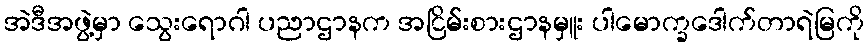
အဲဒီအဖွဲ့မှာ သွေးရောဂါ ပညာဌာနက အငြိမ်းစားဌာနမှူး ပါမောက္ခဒေါက်တာရဲမြကို